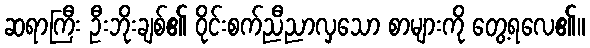
ဆရာကြီး ဦးဘိုးချစ်၏ ဝိုင်းစက်ညီညာလှသော စာများကို တွေ့ရလေ၏။